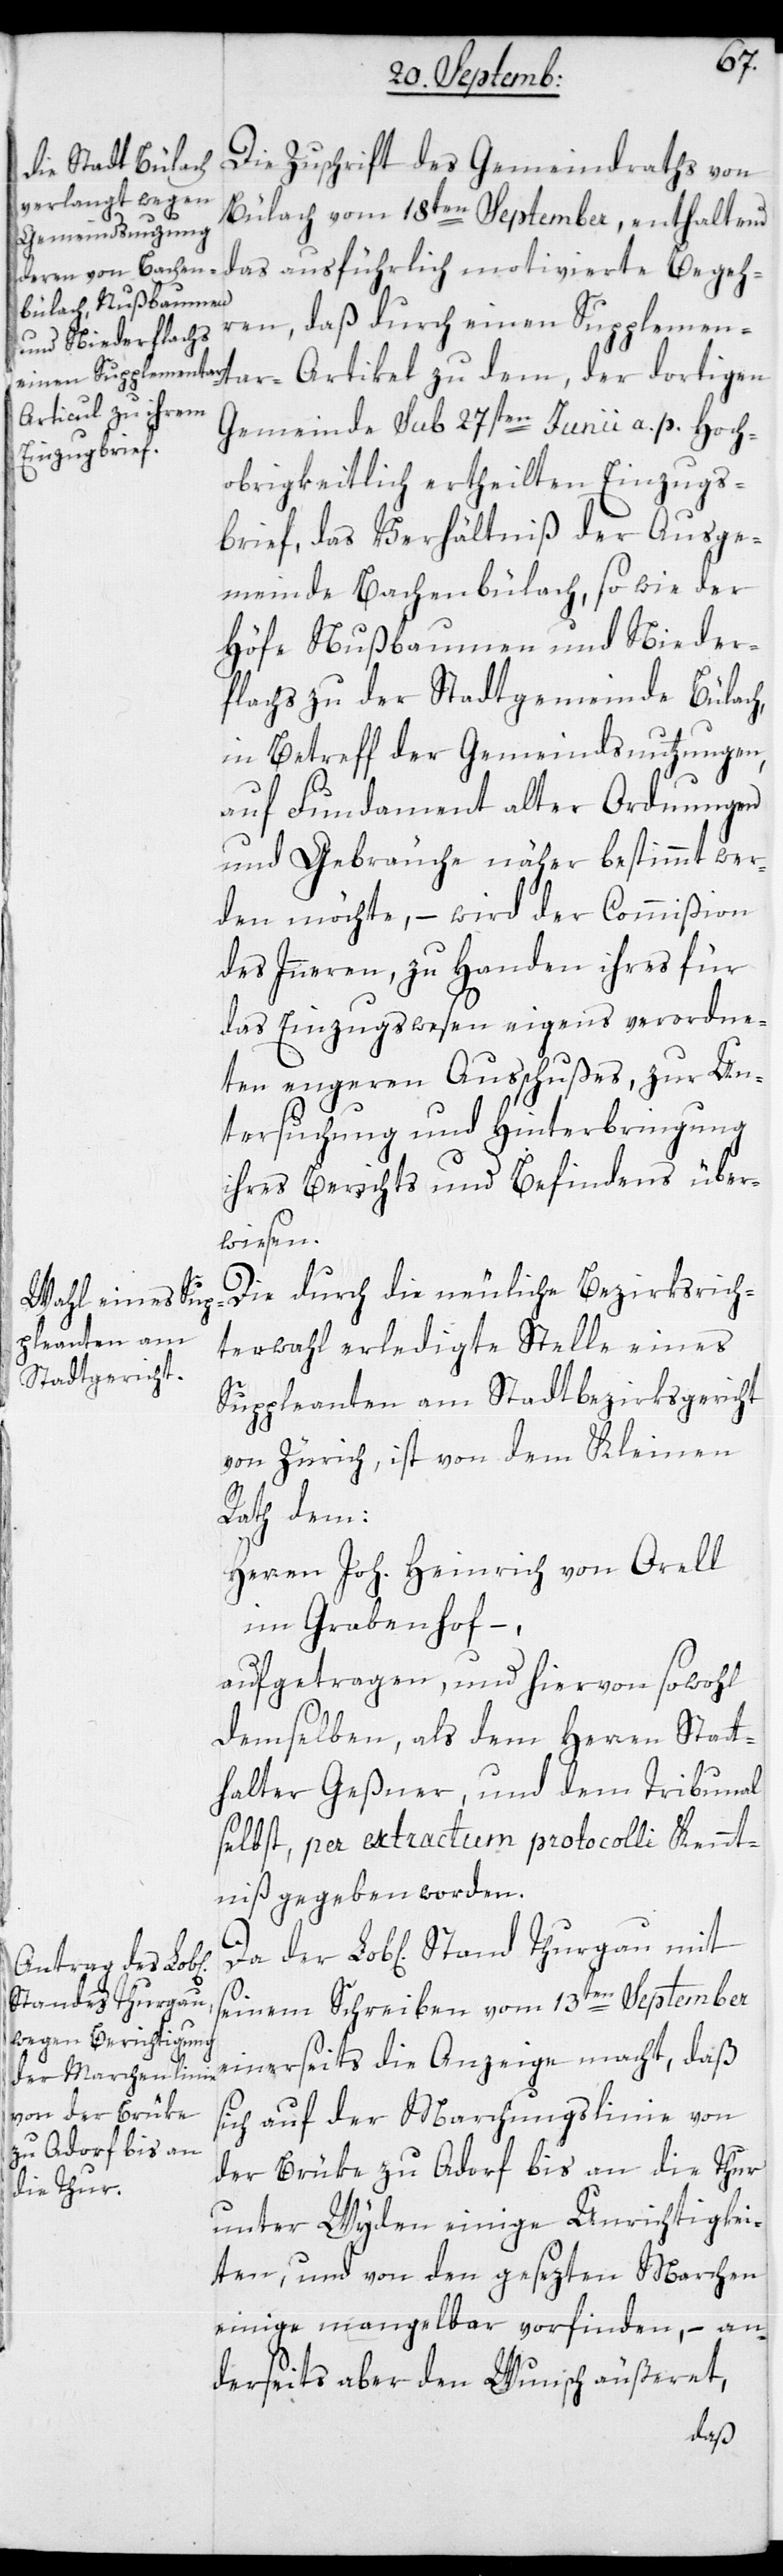
Die Zuschrift des Gemeindraths von
Bülach vom 18ten September, enthaltend
das ausführlich motivierte Begeh¬
einen Supplementar-Articul zu dem, der dortigen
Gemeinde sub 27sten Junii a. p. Hoch¬
obrigkeitlich ertheilten Einzugs¬
brief, das Verhältniß der Ausge¬
meinde Bachenbülach, so wie der
Höfe Nußbaumen und Nieder¬
flachs zu der Stadtgemeinde Bülach,
in Betreff der Gemeindsnutzungen,
auf Fundament alter Ordnungen
und Gebräuche näher bestimmt wer¬
den möchte, – wird der Commißion
des Innern zu Handen ihres für
das Einzugswesen eigens verordne¬
ten engeren Ausschußes, zur Un¬
tersuchung und Hinterbringung
ihres Berichts und Befindens über¬
wiesen.
Die durch die neuliche Bezirksrich¬
terwahl erledigte Stelle eines
Suppleanten am Stadtbezirksgericht
von Zürich, ist von dem Kleinen
Rath dem:
Herren Joh. Heinrich von Orell
im Grabenhof –,
aufgetragen, und hiervon sowohl
demselben, als dem Herren Statt¬
halter Geßner und dem Tribunal
selbst, per extractum protocolli Kennt¬
niß gegeben worden.
Da der Lobl. Stand Thurgau mit
seinem Schreiben vom 13ten September
einerseits die Anzeige macht, daß
sich auf der Marchungslinie von
der Brüke zu Aadorf bis an die Thur
unter Wyden einige Unrichtigkei¬
ten, und von den gesezten Marchen
einige mangelbar vorfinden, – an¬
derseits aber den Wunsch äußeret,
daß